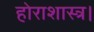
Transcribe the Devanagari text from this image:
होराशास्त्र।